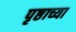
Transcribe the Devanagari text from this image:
पृष्ठाच्या